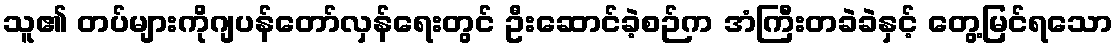
သူ၏ တပ်များကိုဂျပန်တော်လှန်ရေးတွင် ဦးဆောင်ခဲ့စဉ်က အံကြီးတခဲခဲနှင့် တွေ့မြင်ရသော